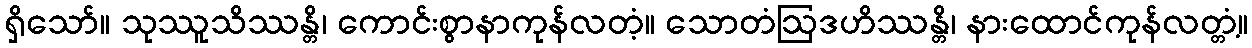
ရှိသော်။ သုဿူသိဿန္တိ၊ ကောင်းစွာနာကုန်လတံ့။ သောတံဩဒဟိဿန္တိ၊ နားထောင်ကုန်လတ္တံ့။